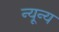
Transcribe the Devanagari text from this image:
न्यून्य